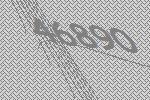
46890